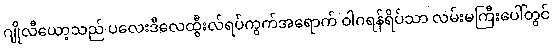
ဂျိုလီယော့သည် ပလေးဒီလေထွီးလ်ရပ်ကွက်အရောက် ဝါဂရန်ရိပ်သာ လမ်းမကြီးပေါ်တွင်